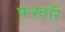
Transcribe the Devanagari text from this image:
फरवरि